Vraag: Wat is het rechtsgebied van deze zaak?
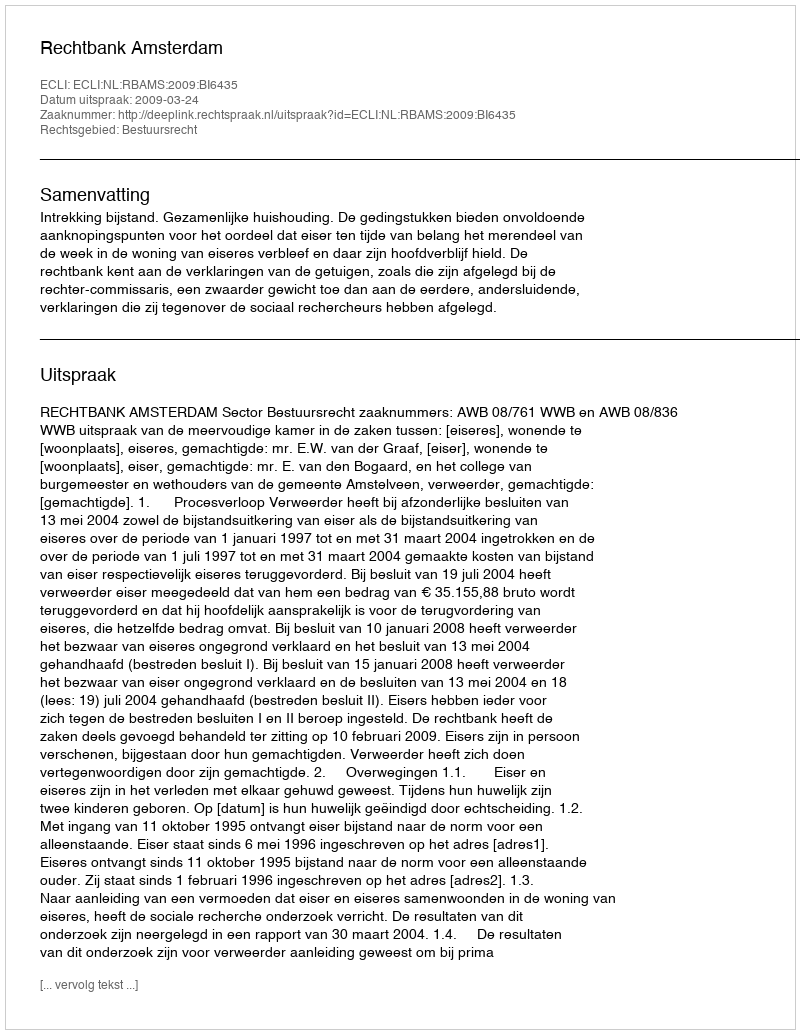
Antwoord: Bestuursrecht